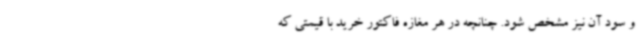
و سود آن نیز مشخص شود. چنانچه در هر مغازه فاکتور خرید با قیمتی که